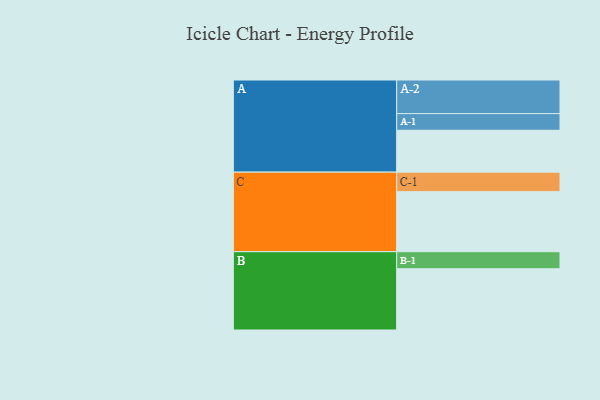
{"axis": {"x": "Segment", "y": "Value"}, "legend": ["", "A", "B", "C"], "data": [{"x": "A", "y": 339, "type": ""}, {"x": "B", "y": 496, "type": ""}, {"x": "C", "y": 486, "type": ""}, {"x": "A-1", "y": 135, "type": "A"}, {"x": "A-2", "y": 272, "type": "A"}, {"x": "B-1", "y": 138, "type": "B"}, {"x": "C-1", "y": 158, "type": "C"}]}